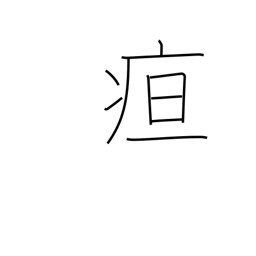
Meaning: jaundice